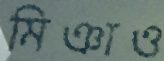
মিঞাও